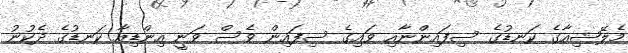
މެލޭޝިއާގެ ކަނޑުގެ ސިފައިންނާއި ވައިގެ ސިފައިން ވެސް ވަނީ އިންޑިއާ ކަނޑުގެ ދެކުނު